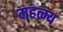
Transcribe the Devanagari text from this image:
महत्म्य